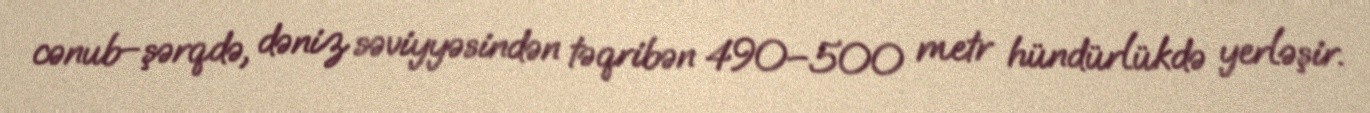
cənub–şərqdə, dəniz səviyyəsindən təqribən 490–500 metr hündürlükdə yerləşir.